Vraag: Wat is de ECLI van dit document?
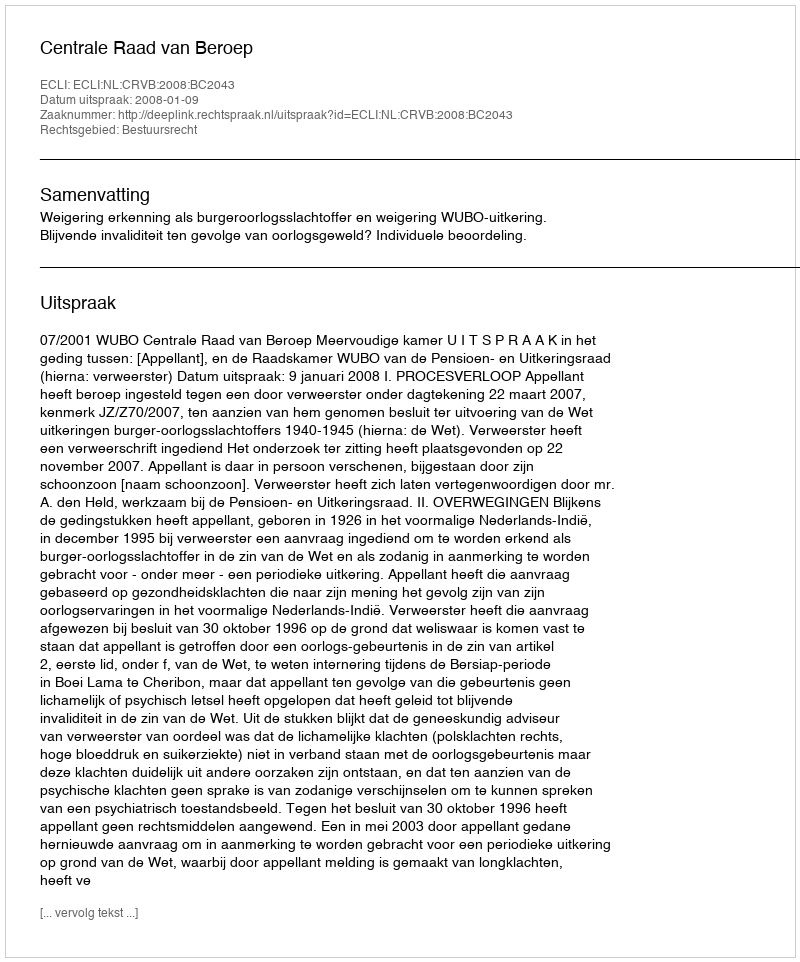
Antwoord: ECLI:NL:CRVB:2008:BC2043